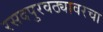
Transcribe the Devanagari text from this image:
रसदपुरवठ्यावरचा